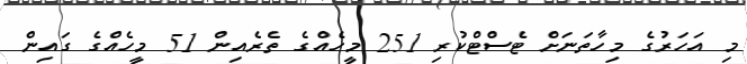
މި އަހަރުގެ މިހާތަނަށް ޓެސްޓްކުރި 251 މީހެއްގެ ތެރެއިން 51 މީހެއްގެ ގައިން